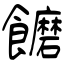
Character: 饝